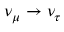
\nu _ { \mu } \to \nu _ { \tau }